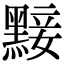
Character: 𪑗